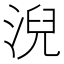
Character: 淣